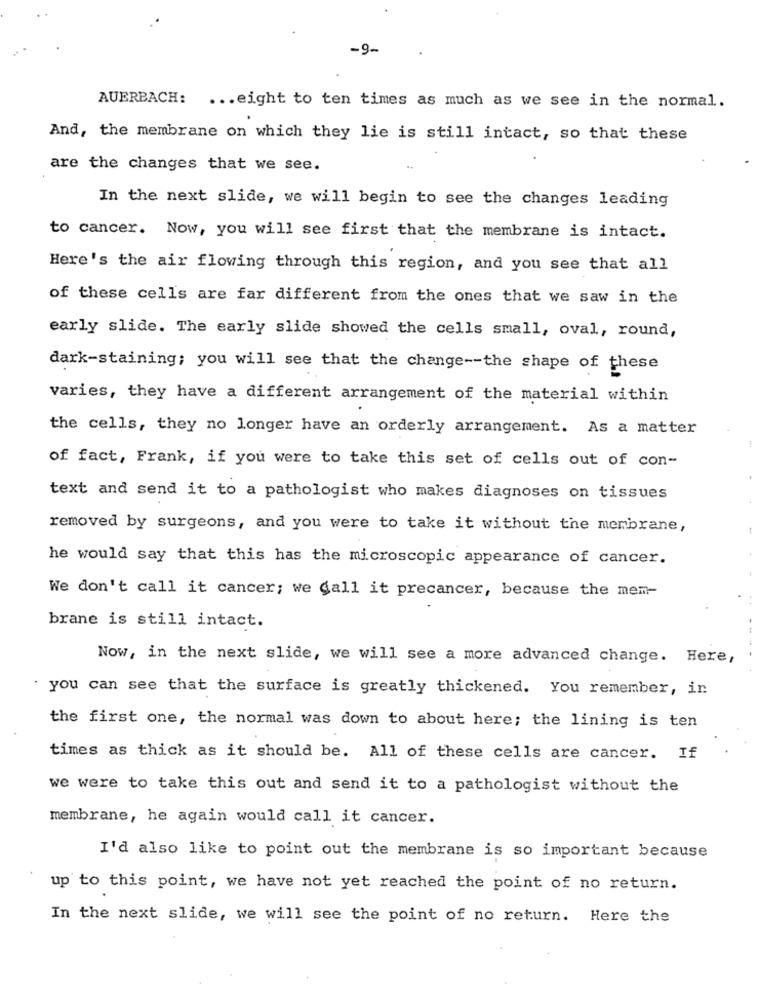
-9-
AUERBACH:
... eight to ten times as much as we see in the normal.
And, the membrane on which they lie is still intact, so that these
are the changes that we see.
In the next slide, we will begin to see the changes leading
to cancer. Now, you will see first that the membrane is intact.
Here's the air flowing through this region, and you see that all
of these cells are far different from the ones that we saw in the
early slide. The early slide showed the cells small, oval, round,
dark-staining; you will see that the change -- the shape of these
varies, they have a different arrangement of the material within
the cells, they no longer have an orderly arrangement. As a matter
of fact, Frank, if you were to take this set of cells out of con-
text and send it to a pathologist who makes diagnoses on tissues
removed by surgeons, and you were to take it without the membrane,
he would say that this has the microscopic appearance of cancer.
We don't call it cancer; we Call it precancer, because the mem-
brane is still intact.
Now, in the next slide, we will see a more advanced change. Here,
. you can see that the surface is greatly thickened. You remember, in
the first one, the normal was down to about here; the lining is ten
times as thick as it should be. All of these cells are cancer. If
we were to take this out and send it to a pathologist without the
membrane, he again would call it cancer.
I'd also like to point out the membrane is so important because
up to this point, we have not yet reached the point of no return.
In the next slide, we will see the point of no return. Here the